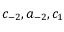
c _ { - 2 } , a _ { - 2 } , c _ { 1 }